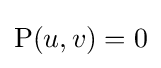
\mathrm {P} (u,v)=0